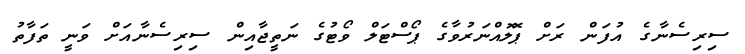
ސިރިސެނާގެ އުފަން ރަށް ޕޮލޮއްނަރުވާގެ ޕޯސްޓަލް ވޯޓުގެ ނަތީޖާއިން ސިރިސެނާއަށް ވަނީ ތަފާތު